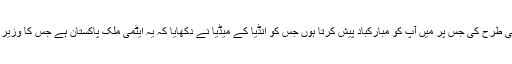
آپ نے بھینسوں کی نیلامی بڑی اچھی طرح کی جس پر میں آپ کو مبارکباد پیش کرتا ہوں جس کو انڈیا کے میڈیا نے دکھایا کہ یہ ایٹمی ملک پاکستان ہے جس کا وزیر اعظم بھینسوں کی نیلامی کررہا ہے۔